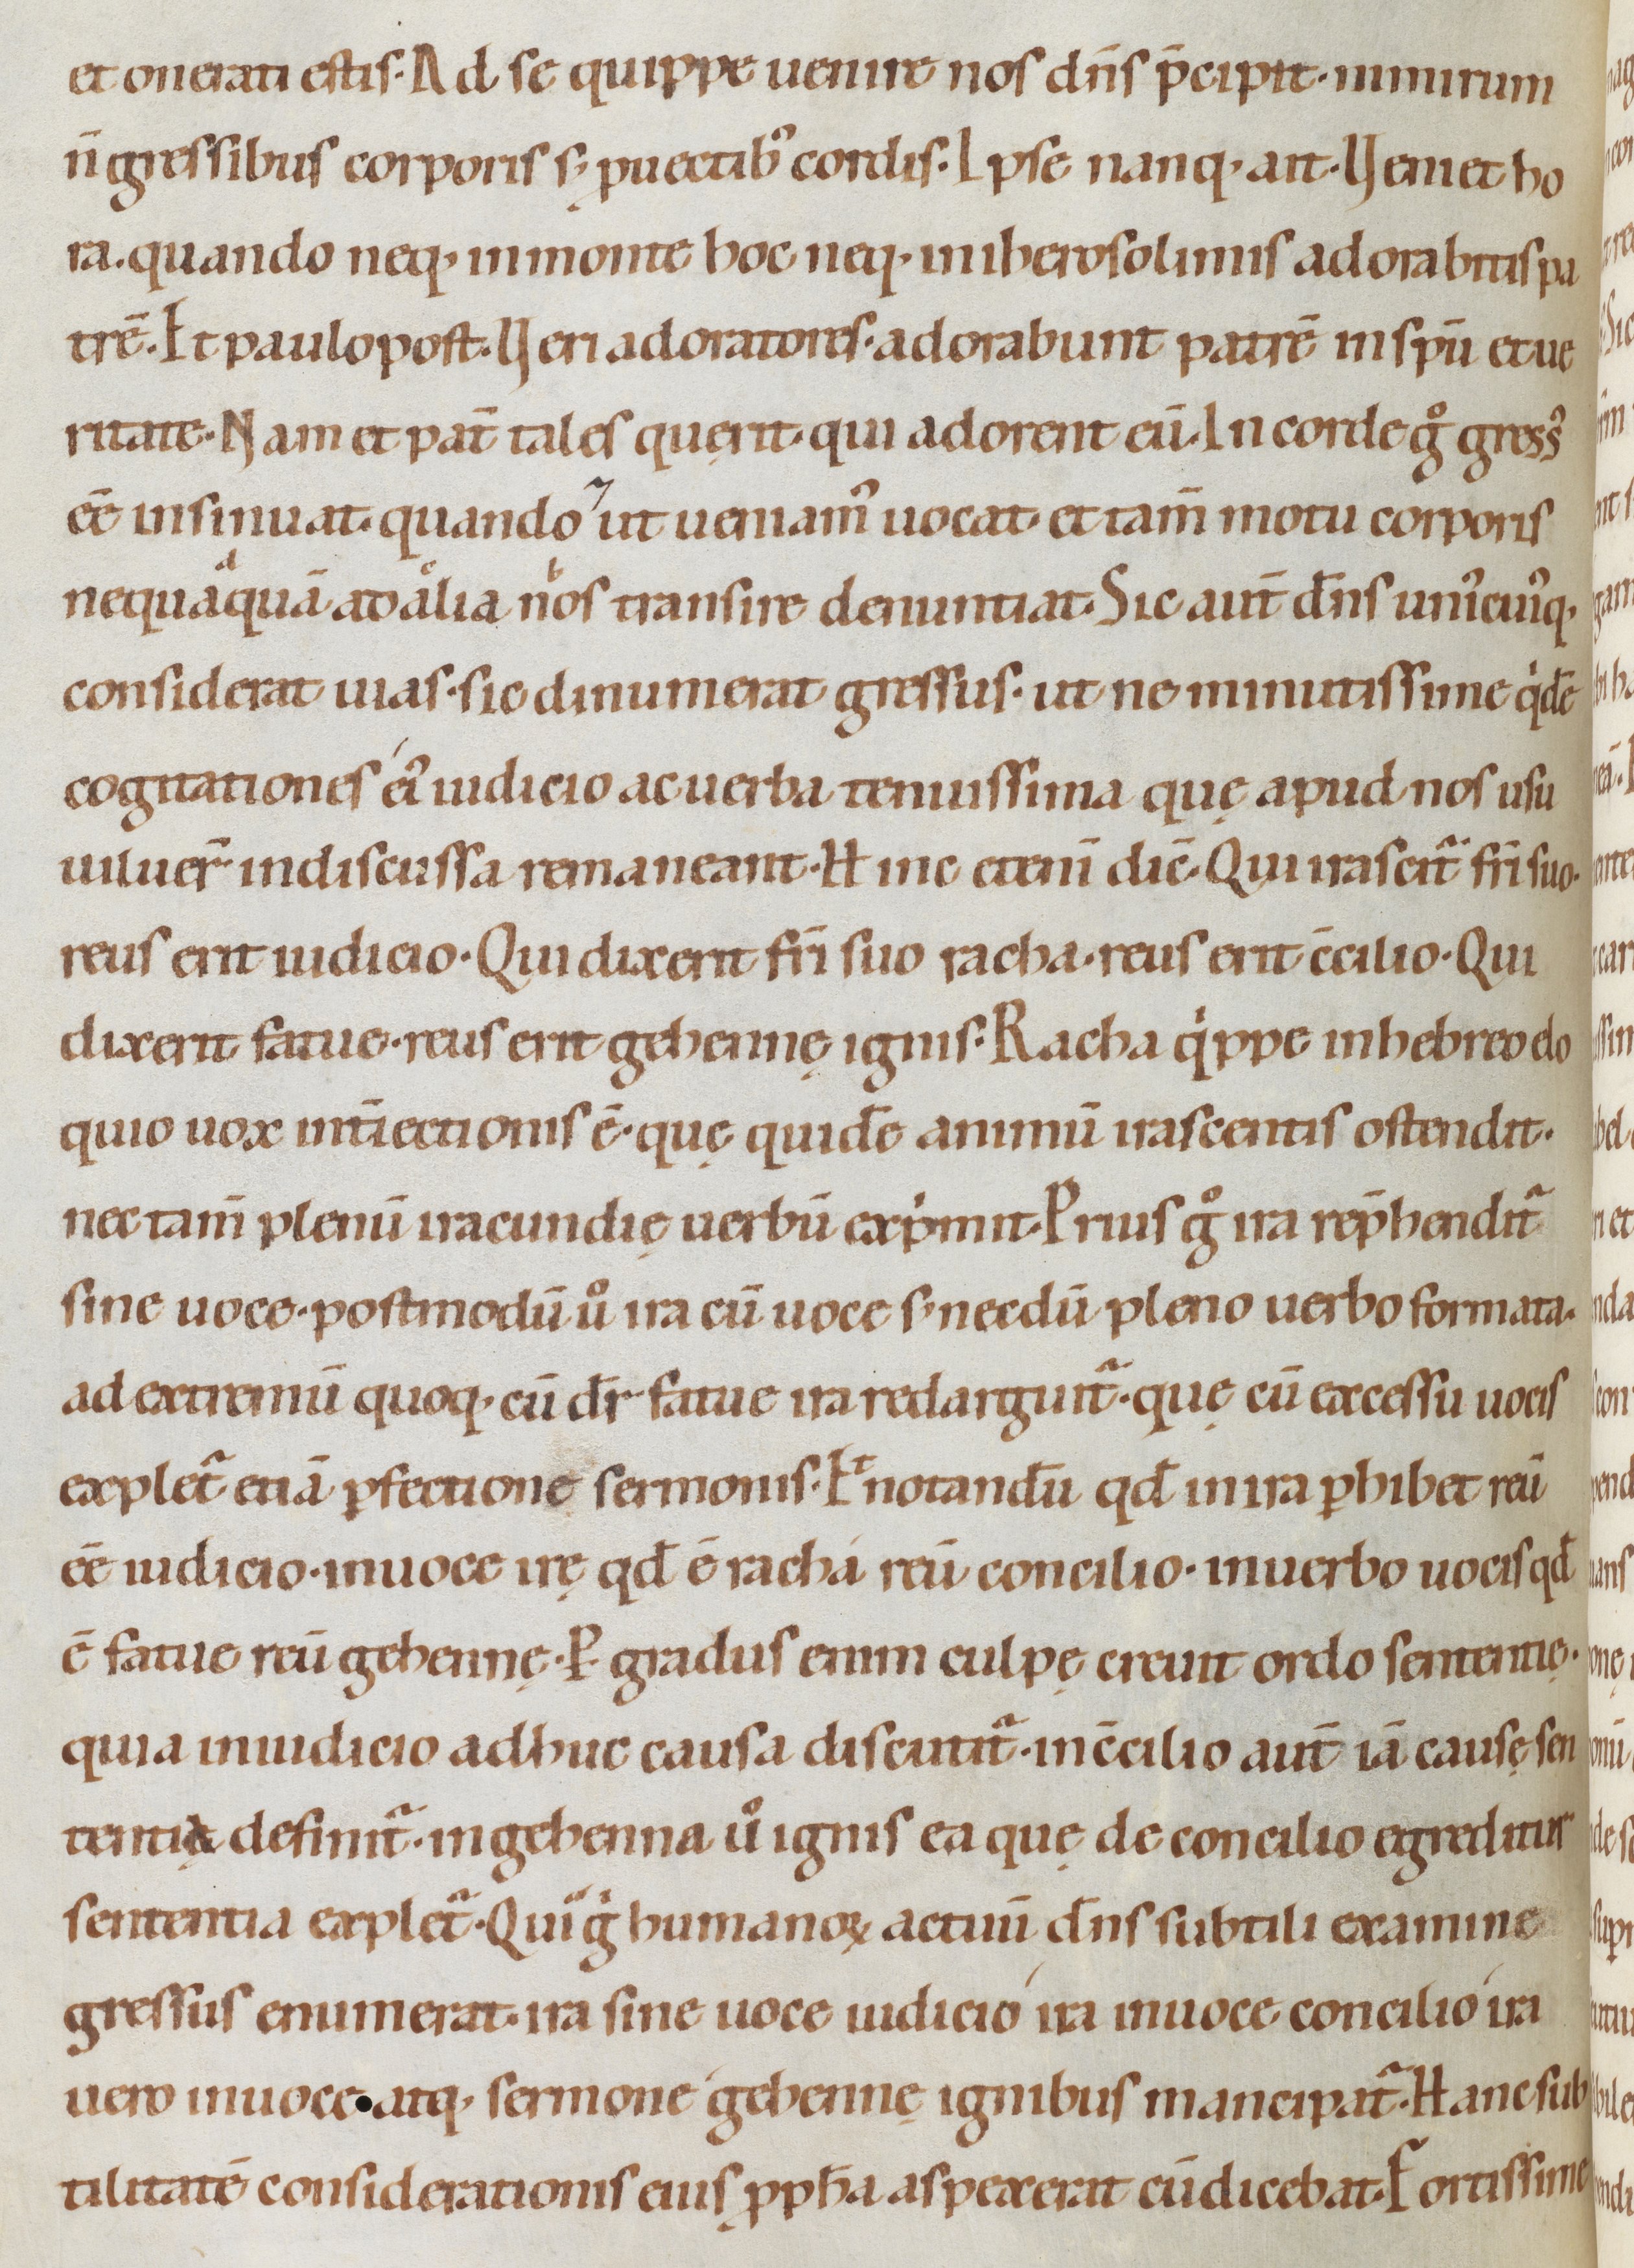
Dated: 1080–1096